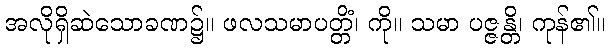
အလိုရှိဆဲသောခဏ၌။ ဖလသမာပတ္တိံ၊ ကို။ သမာ ပဇ္ဇန္တိ၊ ကုန်၏။